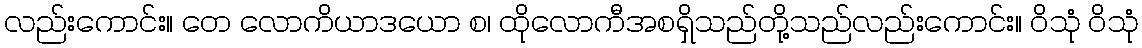
လည်းကောင်း။ တေ လောကိယာဒယော စ၊ ထိုလောကီအစရှိသည်တို့သည်လည်းကောင်း။ ဝိသုံ ဝိသုံ